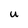
Character: U